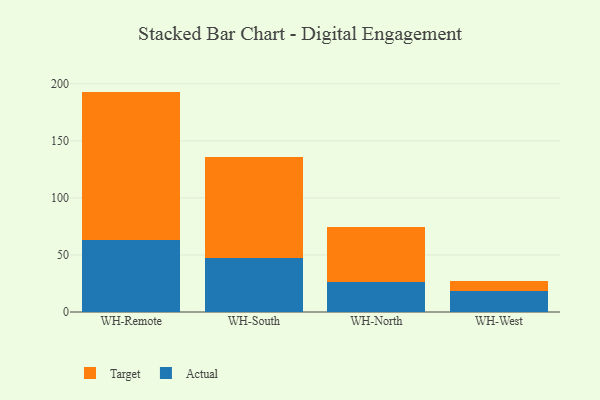
{"axis": {"x": "Warehouse", "y": "Temperature (°C)"}, "legend": ["Actual", "Target"], "data": [{"x": "WH-Remote", "y": 63.3, "type": "Actual"}, {"x": "WH-Remote", "y": 129.9, "type": "Target"}, {"x": "WH-South", "y": 47.3, "type": "Actual"}, {"x": "WH-South", "y": 88.2, "type": "Target"}, {"x": "WH-North", "y": 26.1, "type": "Actual"}, {"x": "WH-North", "y": 48.6, "type": "Target"}, {"x": "WH-West", "y": 18.1, "type": "Actual"}, {"x": "WH-West", "y": 9.0, "type": "Target"}]}